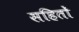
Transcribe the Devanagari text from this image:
सहितों